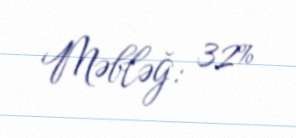
Məbləğ: 32%